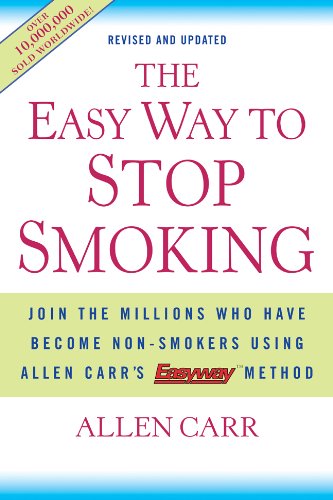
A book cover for The Easy Way to Stop Smoking: Join the Millions Who Have Become Non-smokers Using Allen Carr's Easy Way Method; Allen Carr; Health, Fitness & Dieting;